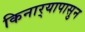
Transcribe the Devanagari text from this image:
किनार्‍यापासुन